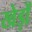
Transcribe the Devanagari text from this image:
खेड़ों